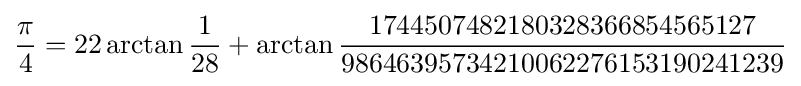
{\frac {\pi }{4}}=22\arctan {\frac {1}{28}}+\arctan {\frac {1744507482180328366854565127}{98646395734210062276153190241239}}